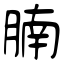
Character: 腩